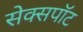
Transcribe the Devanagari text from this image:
सेक्सपॉट